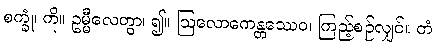
စက္ခုံ၊ ကို။ ဥမ္မီလေတွာ၊ ၍။ ဩလောကေန္တဿေဝ၊ ကြည့်စဉ်လျှင်။ တံ